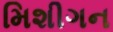
મિશીગન